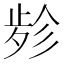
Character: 𱥃